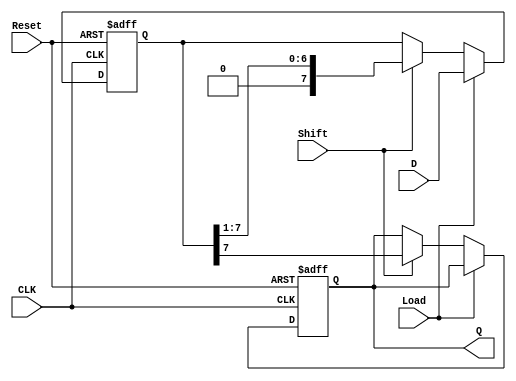
module PISO_Shift_Register #(
    parameter N = 8  // Parameter to define the width of the register
)(
    input wire [N-1:0] D,     // Parallel data inputs
    input wire Shift,          // Shift control signal
    input wire Load,           // Load control signal
    input wire CLK,            // Clock input
    input wire Reset,          // Asynchronous reset
    output reg Q              // Serial output
);

    // Internal register to hold the data
    reg [N-1:0] shift_reg;

    always @(posedge CLK or posedge Reset) begin
        if (Reset) begin
            // Asynchronous reset: clear the shift register
            shift_reg <= {N{1'b0}};
            Q <= 1'b0; // Clear output as well
        end else begin
            if (Load) begin
                // Parallel load mode
                shift_reg <= D; // Load parallel data into the register
            end else if (Shift) begin
                // Shift mode
                Q <= shift_reg[N-1]; // Output the MSB
                shift_reg <= {1'b0, shift_reg[N-1:1]}; // Shift right and introduce 0 at MSB
            end
            // If neither Load nor Shift, retain the current output
        end
    end

endmodule